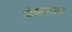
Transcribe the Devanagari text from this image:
अंकलाव